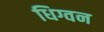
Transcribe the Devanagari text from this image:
धिग्वन